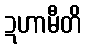
ဍဟာမီတိ